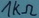
Text: 1kΩ